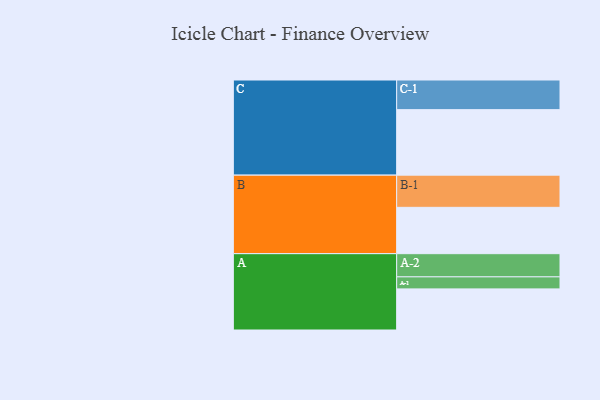
{"axis": {"x": "Segment", "y": "Value"}, "legend": ["", "A", "B", "C"], "data": [{"x": "A", "y": 369, "type": ""}, {"x": "B", "y": 416, "type": ""}, {"x": "C", "y": 588, "type": ""}, {"x": "A-1", "y": 108, "type": "A"}, {"x": "A-2", "y": 208, "type": "A"}, {"x": "B-1", "y": 289, "type": "B"}, {"x": "C-1", "y": 266, "type": "C"}]}